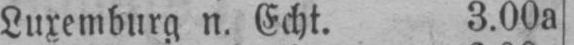
Luxemburg n. Echt. 3.00a